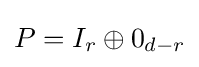
P=I_{r}\oplus 0_{d-r}